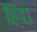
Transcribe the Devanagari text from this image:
हिंदा